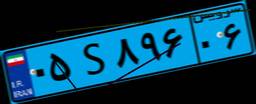
۸۳S۵۸۵۴۰